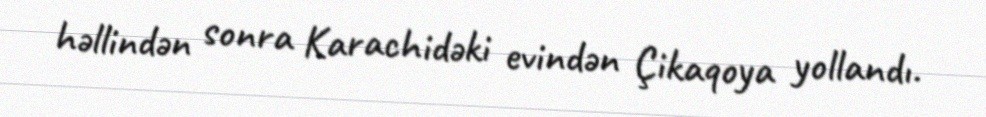
həllindən sonra Karachidəki evindən Çikaqoya yollandı.